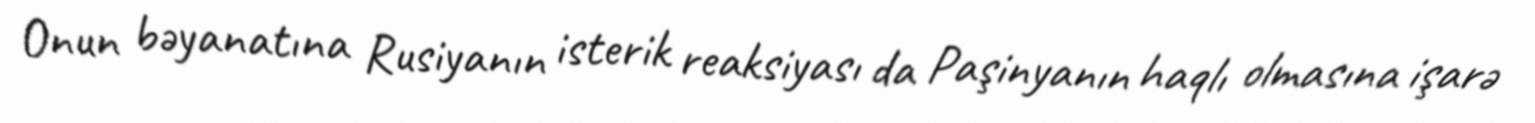
Onun bəyanatına Rusiyanın isterik reaksiyası da Paşinyanın haqlı olmasına işarə